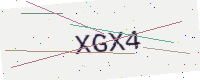
Text: XGX4